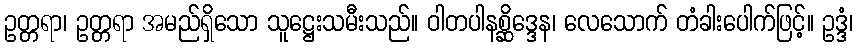
ဥတ္တရာ၊ ဥတ္တရာ အမည်ရှိသော သူဋ္ဌေးသမီးသည်။ ဝါတပါနစ္ဆိဒ္ဒေန၊ လေသောက် တံခါးပေါက်ဖြင့်။ ဥဒ္ဒံ၊